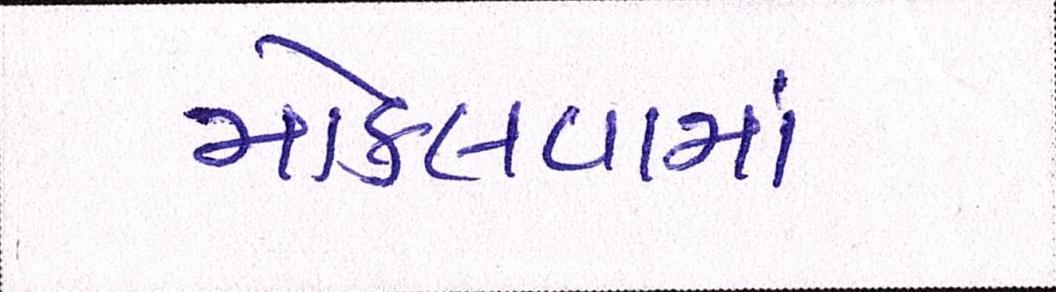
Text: મોકલવામાં